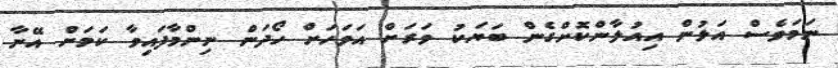
ނަމަވެސް އަލުން އިއުލާންކޮށްގެން ބަޔަކު ވަރަށް އަވަހަށް ހޯދަން ނިންމާފައިވާ ކަމަށް އޭނާ